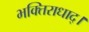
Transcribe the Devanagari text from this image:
भक्तिराधाद्।